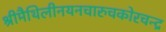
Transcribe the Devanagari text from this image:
श्रीमैथिलीनयनचारुचकोरचन्द्र